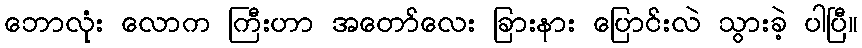
ဘောလုံး လောက ကြီးဟာ အတော်လေး ခြားနား ပြောင်းလဲ သွားခဲ့ ပါပြီ။